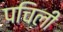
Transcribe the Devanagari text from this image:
पचिली